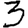
Digit: 3